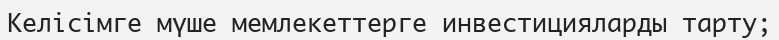
Келісімге мүше мемлекеттерге инвестицияларды тарту;